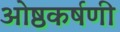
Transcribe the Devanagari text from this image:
ओष्ठकर्षणी